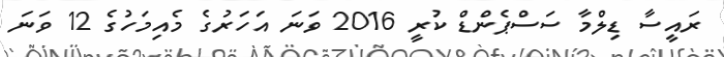
ރައީސާ ޑިލްމާ ސަސްޕެންޑް ކުރީ 2016 ވަނަ އަހަރުގެ މެއިމަހުގެ 12 ވަނަ